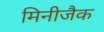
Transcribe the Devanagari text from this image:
मिनीजैक